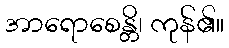
အာရောစေန္တိ၊ ကုန်၏။